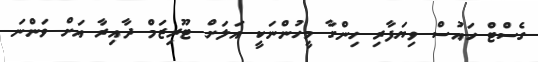
ގެސްޓް ހައުސް ވިޔަފާރި ހިންގާ މީހުންނަކީ އަލަށް ޓޫރިޒަމް ދާއިރާ އަށް ވަންނަ